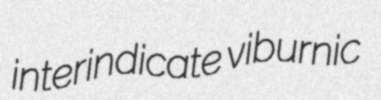
interindicate viburnic